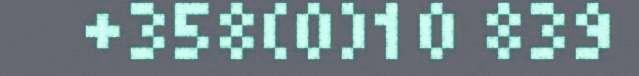
+358(0)10 839